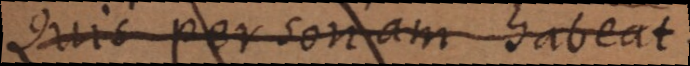
Quis personam habeat.